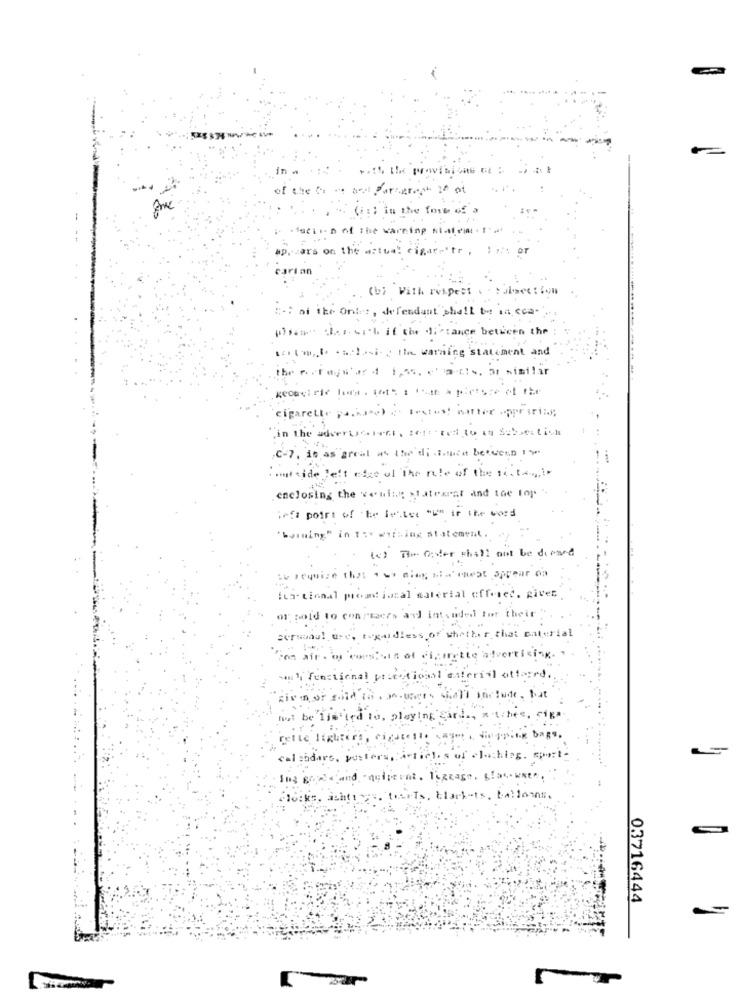
in
(ist in the form of a
facil- D of The warning statein . I ...
ap. cars on the actual cigars'tr , I .: or
carian
(b) With respect .. : ilbecs!
:-: of its onles, defendant shall be in cca-
()sam sher. with if the distance between the
scolm.t .alesi . the warning statement and
the no raynard 1,55. c'estto, or similar
cigarette pa.kaso) . letos manter oppr aring;
"in the advertcient, rett - red to it Sebseitich
,C-7, is as great as the'dli I.mica between 1-
: outside left edge of The role of the sith.
enclosing the woning statearat and the top
info point of the letter "L" if the word
"burning" in Thy wvibing statement.
(c) The Oster chill out be durand
Iva- tional proacional material offered, giver
or sold to conrsaces all intsoded For their
cursoau! use, regardless of whether that material
"es air . os corsisin ot di,mette advertising. ..
es" functional pronational esterial attored ...
given or said to, je-users shall sortade, but
not be liwird to, playing Card ., x thes, siga
calendare, posters, Articles of cluschlag. sport-
Folke. achtings. traits, Markets, balloons.
0.3716444